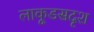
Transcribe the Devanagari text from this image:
लाकूडसदृश